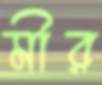
মীর